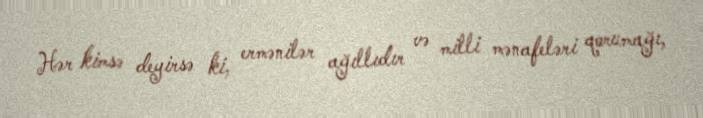
Hər kimsə deyirsə ki, ermənilər ağıllıdır və milli mənafeləri qorumağı,